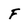
Character: F